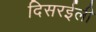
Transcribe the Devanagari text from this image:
दिसरईली